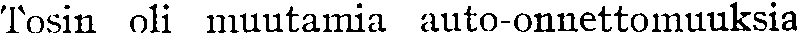
Tosin oli muutamia auto-onnettomuuksia